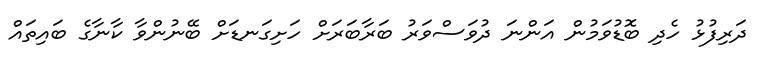
ދަރިފުޅު ހެދި ބޮޑުވަމުން އަންނަ ދުވަސްވަރު ބަރާބަރަށް ހަށިގަނޑަށް ބޭނުންވާ ކާނާގެ ބައިތައް